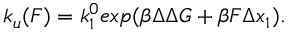
k _ { u } ( F ) = k _ { 1 } ^ { 0 } e x p ( \beta \Delta \Delta G + \beta F \Delta x _ { 1 } ) .